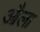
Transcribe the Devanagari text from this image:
औला